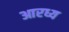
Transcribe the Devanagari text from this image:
आरध्य